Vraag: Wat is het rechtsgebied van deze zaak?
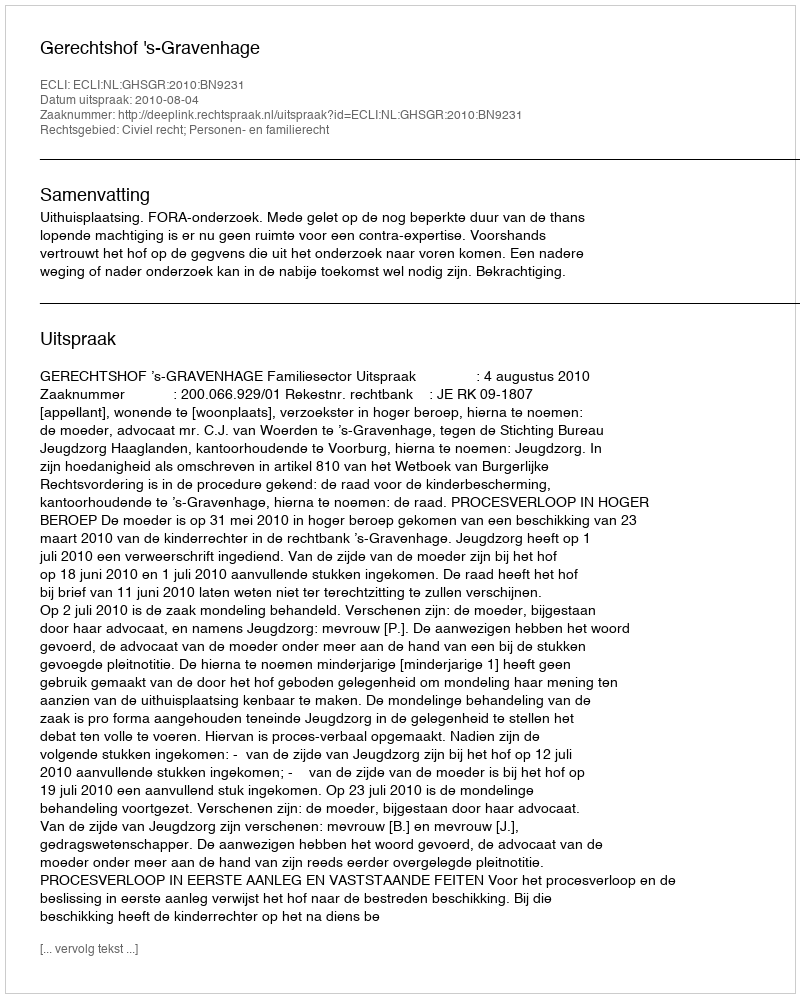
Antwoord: Civiel recht; Personen- en familierecht